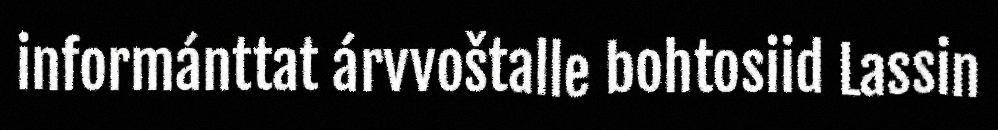
informánttat árvvoštalle bohtosiid Lassin